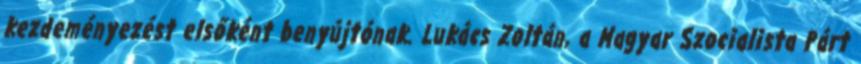
kezdeményezést elsőként benyújtónak. Lukács Zoltán, a Magyar Szocialista Párt